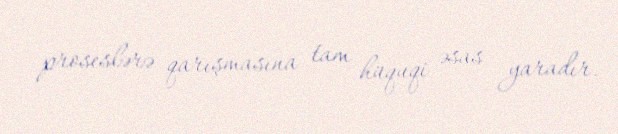
proseslərə qarışmasına tam hüquqi əsas yaradır.